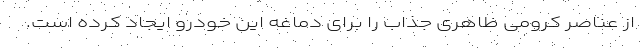
از عناصر کرومی ظاهری جذاب را برای دماغه این خودرو ایجاد کرده است.